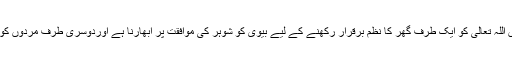
یہی وہ پس منظر ہے جس میں اللہ تعالیٰ کو ایک طرف گھر کا نظم برقرار رکھنے کے لیے بیوی کو شوہر کی موافقت پر ابھارنا ہے اوردوسری طرف مردوں کوتشدد سے باز بھی رکھنا ہے۔